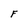
Character: F